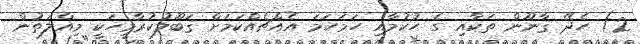
2) ހެދޭ ޤާނޫން ތަކާއި ގެ ޙުކުމާއި ހަމަހަމަ އެއްޗެއްކަމަށް ޤަބޫލުކުރާމީހަކީ މިއްލަތުން